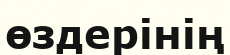
өздерінің